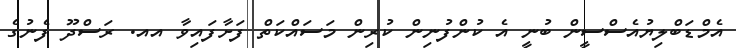
އެމްޑަބްލިޔުއެސްސީން ބުނީ އެ ކުންފުނިން ކުރިން މަސައްކަތް ފަށާފައިވާ އއ. ރަސްދޫ ފެނުގެ